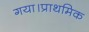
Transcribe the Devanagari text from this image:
गया।प्राथमिक